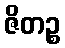
ဇိတဉ္စ